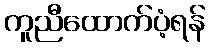
ကူညီထောက်ပံ့ရန်